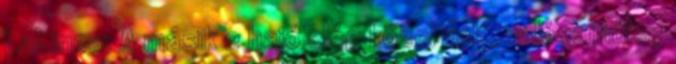
LaLinea: A másik 2 hajó elég közel volt, valószínűleg